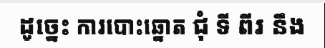
ដូច្នេះ ការបោះឆ្នោត ជុំ ទី ពីរ នឹង